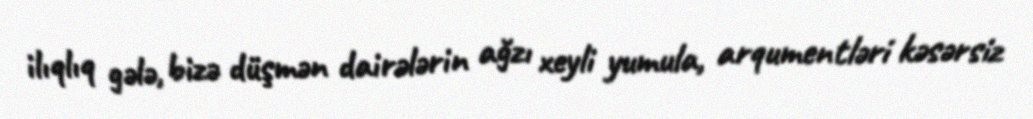
ilıqlıq gələ, bizə düşmən dairələrin ağzı xeyli yumula, arqumentləri kəsərsiz